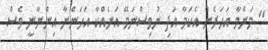
" މަންމާ އަހަރެން އެކަމާ އަދި ނުވިސްނަމޭ އަނެއްކާ އަހަންނާ އިންނާނީ ވެސް